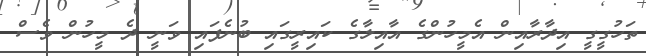
ތަހުގީގީ އިދާރާއިން އެމީހުންގެ އާއިލާގެ ކައިރީގައި ބުނެފައި ވަނީ ދެ މީހުން ވެސް